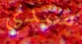
سيدي